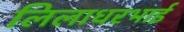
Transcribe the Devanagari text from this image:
लिलाधरभाई